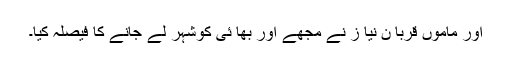
اور ماموں قربا ن نیا ز نے مجھے اور بھا ئی کوشہر لے جانے کا فیصلہ کیا۔